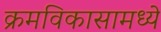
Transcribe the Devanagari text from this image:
क्रमविकासामध्ये